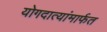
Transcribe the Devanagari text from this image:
योगदात्यांमार्फत